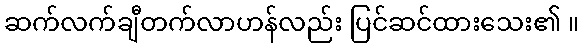
ဆက်လက်ချီတက်လာဟန်လည်း ပြင်ဆင်ထားသေး၏ ။